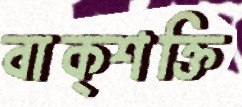
বাক্শক্তি